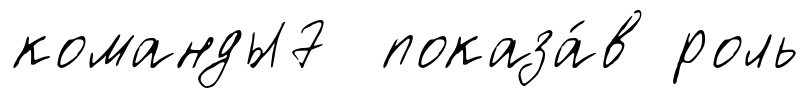
команды7 показа́в роль